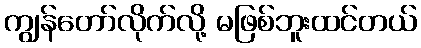
ကျွန်တော်လိုက်လို့ မဖြစ်ဘူးထင်တယ်